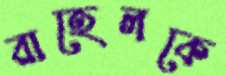
রাহেলকে